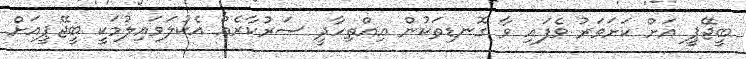
ބީޖޭޕީ އަށް ކަށަވަރު ވެފައި ވާ ގޮނޑިތަކުން އިއްތިހާދީ ސަރުކާރެއް އެކުލަވައިލުމަކީ ބީޖޭޕީއަށް